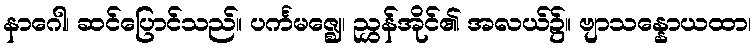
နာဂေါ၊ ဆင်ပြောင်သည်။ ပင်္ကမဇ္ဈေ၊ ညွှန်အိုင်၏ အလယ်၌။ ဗျာသန္နောယထာ၊